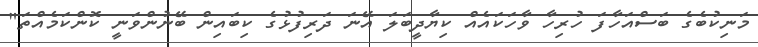
މަނިކުބެގެ ބަސްއަހާފަ ހުރިހާ ވާހަކައެއް ކިޔާދީބަލަ އޭނަ ދަރިފުޅުގެ ކިބައިން ބޭނުންވަނީ ކޮންކަމެއްތަ"